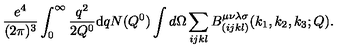
\frac { { e ^ { 4 } } } { ( 2 \pi ) ^ { 3 } } \int _ { 0 } ^ { \infty } \frac { { q } ^ { 2 } } { { 2 Q ^ { 0 } } } \mathrm { d } q N ( { Q ^ { 0 } } ) \int d \Omega \sum _ { i j k l } { B } _ { ( i j k l ) } ^ { \mu \nu \lambda \sigma } ( { k _ { 1 } , k _ { 2 } , k _ { 3 } } ; Q ) .